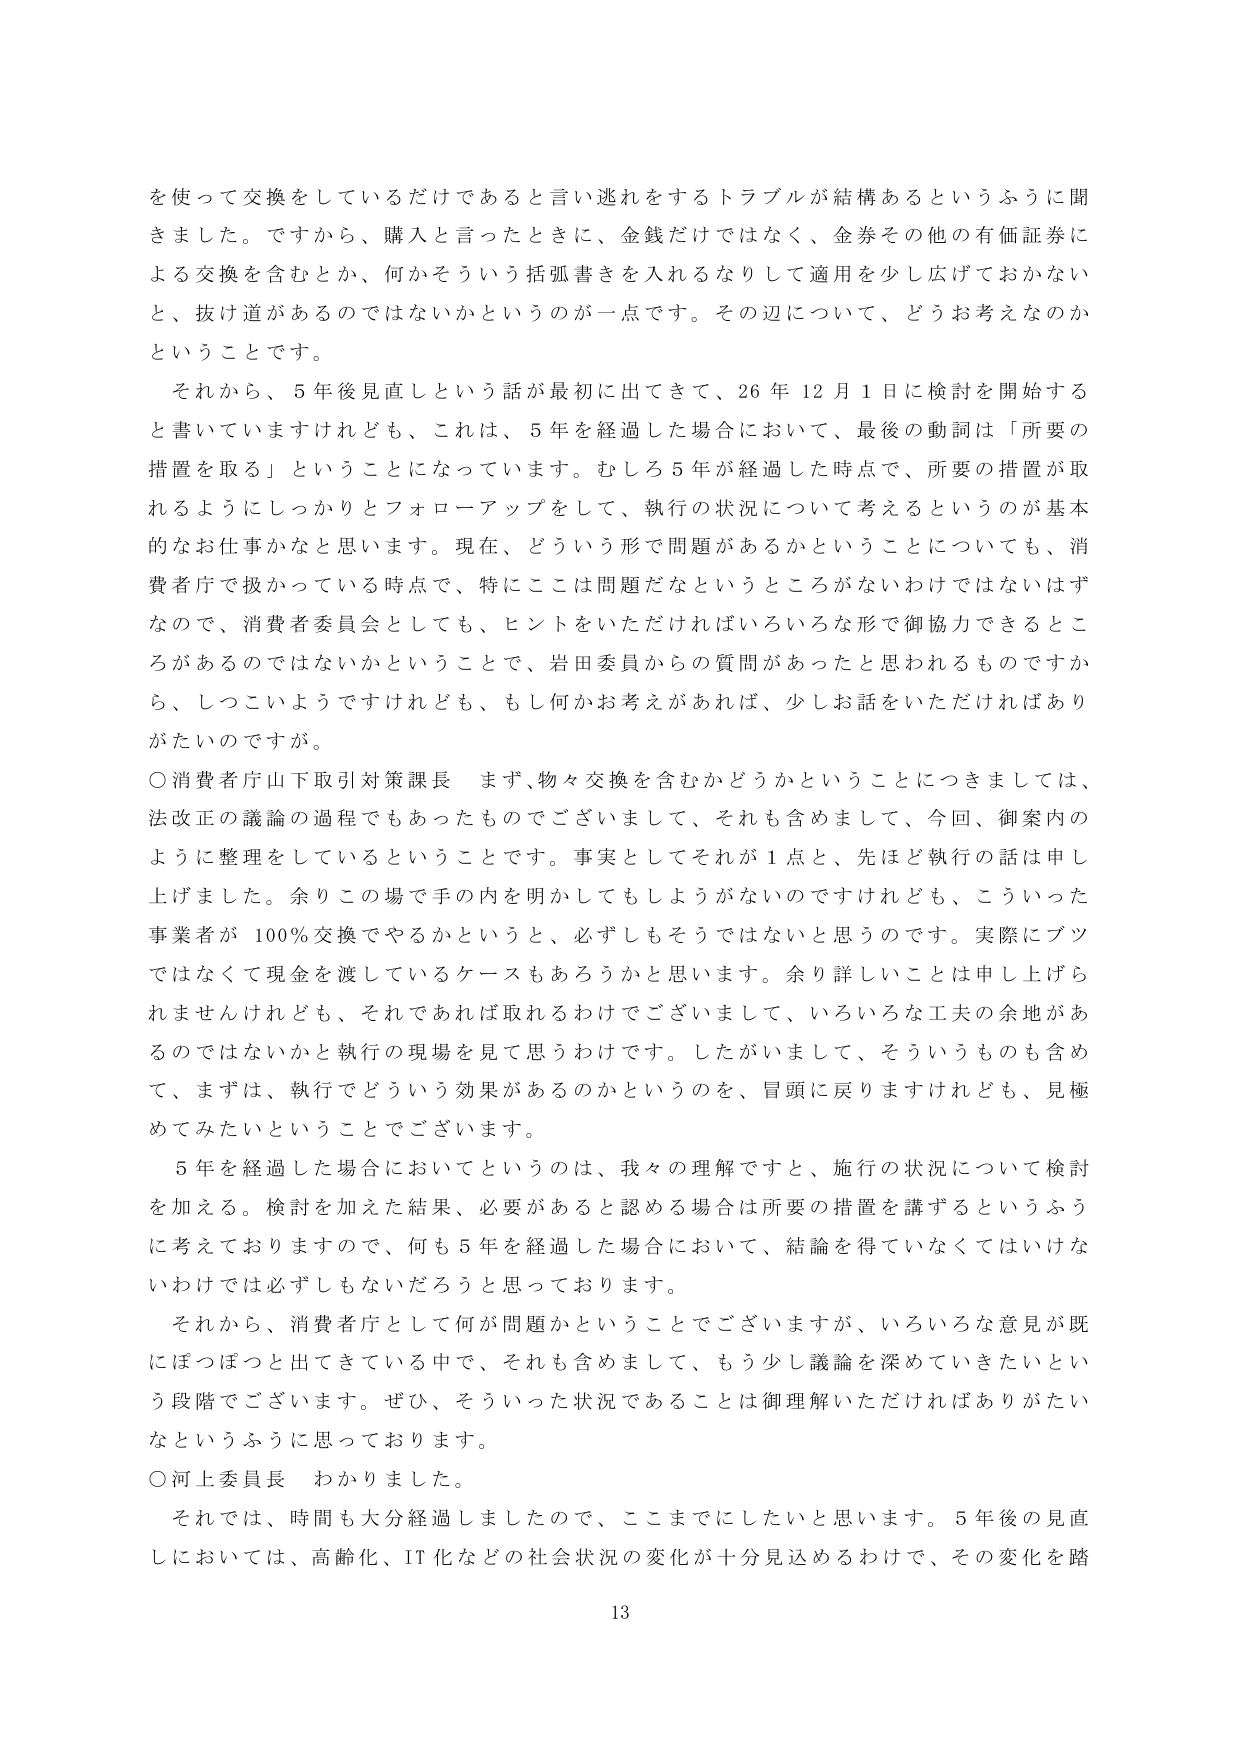
を使って交換をしているだけであると言い逃れをするトラブルが結構あるというふうに聞きました。ですから、購入と言ったときに、金銭だけではなく、金券その他の有価証券による交換を含むとか、何かそういう括弧書きを入れるなりして適用を少し広げておかない と、抜け道があるのではないかというのが一点です。その辺について、どうお考えなのかということです。

それから、5年後見直しという話が最初に出てきて、26年12月1日に検討を開始すると書いていますけれども、これは、5年を経過した場合において、最後の動詞は「所要の措置を取る」ということになっています。むしろ5年が経過した時点で、所要の措置が取れるようにしっかりとフォローアップをして、執行の状況について考えるというのが基本的なお仕事かなと思います。現在、どういう形で問題があるかということについても、消費者庁で扱かっている時点で、特にここは問題だなというところがないわけではないはずなので、消費者委員会としても、ヒントをいただければいろいろな形で御協力できるところがあるのではないかということで、岩田委員からの質問があったと思われるものですから、しつこいようですがけれども、もしどうかお考えがあれば、少しお話をいただければありがたいのですが。

○消費者庁山下取引対策課長 まず、物々交換を含むかどうかということにつきましては、法改正の議論の過程でもあったものでございまして、それも含めまして、今回、御案内のよう に整理をしているということです。事実としてそれが1点と、先ほど執行の話は申し上げました。余りこの場で手の内を明かしてもしようがないのですけれども、こういった事業者が100％交換でやるかというと、必ずしもそうではないと思うのです。実際にブツではなくて現金を渡しているケースもあろうかと思います。余り詳しいことは申し上げられませんけれども、それであれば取れるわけでございまして、いろいろな工夫の余地があるのではないかと執行の現場を見て思うわけです。したがいまして、そういうものも含めて、まずは、執行でどういう効果があるのかというのを、冒頭に戻りますけれども、見極めてみたいということでございます。

5年を経過した場合においてというのは、我々の理解ですと、施行の状況について検討を加える。検討を加えた結果、必要があると認める場合は所要の措置を講ずるというふうに考えておりますので、何も5年を経過した場合において、結論を得ていなくてはいけないわけでは必ずしもないだろうと思っております。

それから、消費者庁として何が問題かということでございますが、いろいろな意見が既にほつほつと出てきている中で、それも含めまして、もう少し議論を深めていきたいという段階でございます。ぜひ、そういった状況であることは御理解いただければありがたいなというふうに思っております。

○河上委員長 わかりました。

それでは、時間も大分経過しましたので、ここまでにしたいと思います。5年後の見直しにおいては、高齢化、IT化などの社会状況の変化が十分見込めるわけで、その変化を踏

13